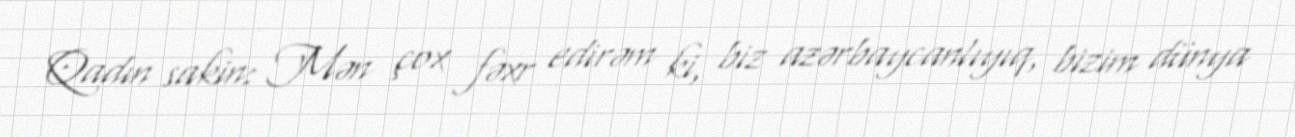
Qadın sakin: Mən çox fəxr edirəm ki, biz azərbaycanlıyıq, bizim dünya